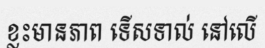
ខ្លះមានភាព ទើសទាល់ នៅលើ